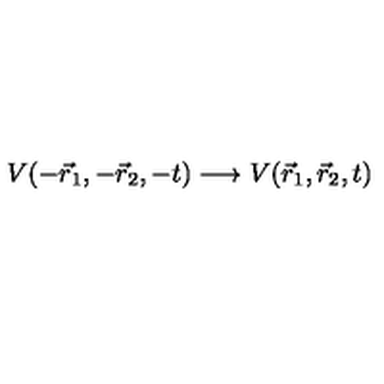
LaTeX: V ( - \vec { r } _ { 1 } , - \vec { r } _ { 2 } , - t ) \longrightarrow V ( \vec { r } _ { 1 } , \vec { r } _ { 2 } , t )